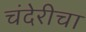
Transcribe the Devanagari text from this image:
चंदेरीचा